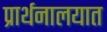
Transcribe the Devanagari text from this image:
प्रार्थनालयात